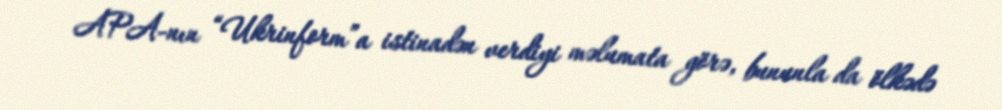
APA-nın “Ukrinform”a istinadən verdiyi məlumata görə, bununla da ölkədə